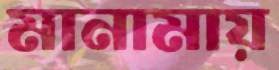
মানামায়